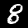
Label: 8